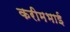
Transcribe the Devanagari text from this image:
करीमभाई